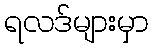
ရလဒ်များမှာ